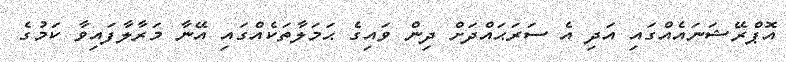
އޮޕްރޭޝަނައެއްގައި އަދި އެ ސަރަޙައްދަށް ދިން ވައިގެ ޙަމަލާތަކެއްގައި އޭނާ މަރާލާފައިވާ ކަމުގެ